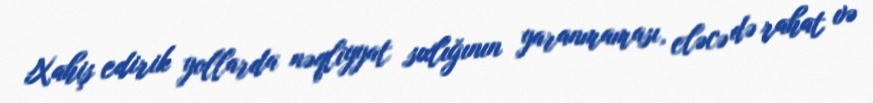
Xahiş edirik yollarda nəqliyyat sıxlığının yaranmaması, eləcə də rahat və